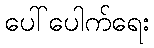
ပေါ်ပေါက်ရေး